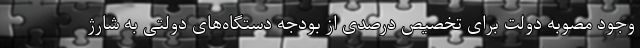
وجود مصوبه دولت برای تخصیص درصدی از بودجه دستگاه‌های دولتی به شارژ